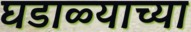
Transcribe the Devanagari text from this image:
घडाळ्याच्या